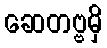
ဆေတဗ္ဗမှိ